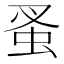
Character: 蚤